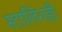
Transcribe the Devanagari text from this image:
स्टालिनही